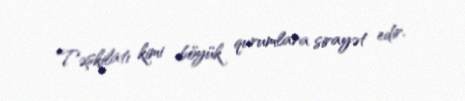
Təşkilatı kimi böyük qurumlara sirayət edir.